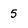
Character: 5